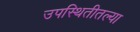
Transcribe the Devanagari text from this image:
उपस्थितीतल्या